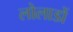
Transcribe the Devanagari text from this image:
लोलाडों